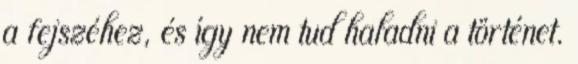
a fejszéhez, és így nem tud haladni a történet.